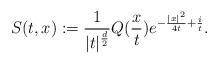
LaTeX: \begin{align*}S(t,x):=\frac{1}{|t|^{\frac{d}{2}}}Q(\frac{x}{t})e^{-\frac{|x|^{2}}{4t}+\frac{i}{t}}.\end{align*}